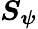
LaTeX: \boldsymbol{S}_{\boldsymbol{\psi}}